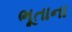
ભૂતાના